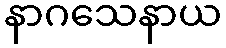
နာဂသေနာယ